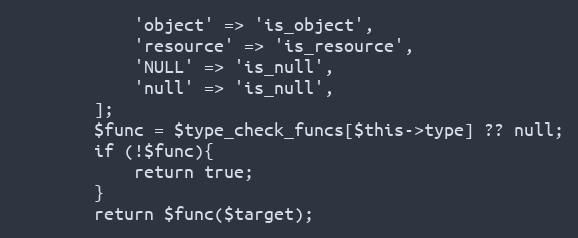
Language: PHP
            'object' => 'is_object',
            'resource' => 'is_resource',
            'NULL' => 'is_null',
            'null' => 'is_null',
        ];
        $func = $type_check_funcs[$this->type] ?? null;
        if (!$func){
            return true;
        }
        return $func($target);